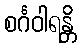
စင်္ဂဝါရန္တိ